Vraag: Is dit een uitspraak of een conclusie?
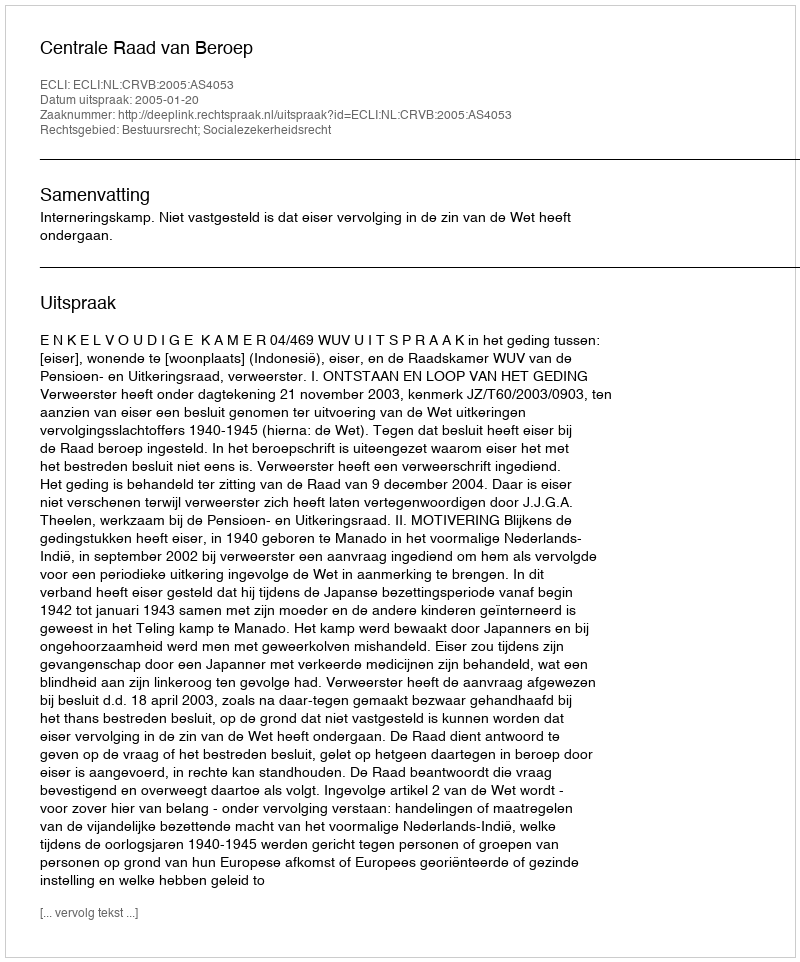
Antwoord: Uitspraak